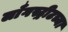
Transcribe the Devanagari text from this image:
लाँगस्ट्रीटच्या